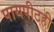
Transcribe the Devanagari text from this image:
पायपीटही